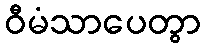
ဝီမံသာပေတွာ